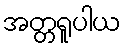
အတ္တရူပါယ